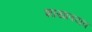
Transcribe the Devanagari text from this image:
शाखावयव